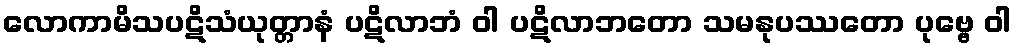
လောကာမိသပဋိသံယုတ္တာနံ ပဋိလာဘံ ဝါ ပဋိလာဘတော သမနုပဿတော ပုဗ္ဗေ ဝါ